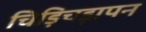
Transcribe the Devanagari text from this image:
चिड़िचड़ापन